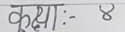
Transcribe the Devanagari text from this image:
कक्षा: ४